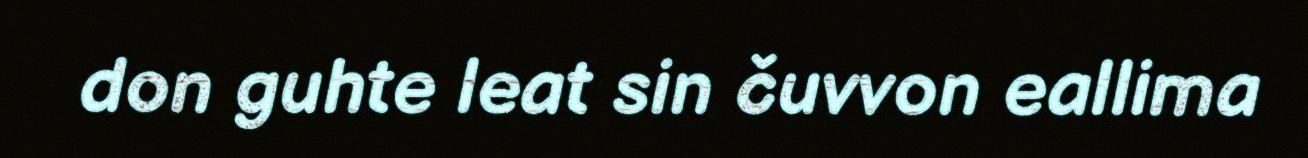
don guhte leat sin čuvvon eallima